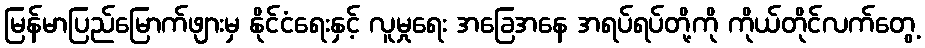
မြန်မာပြည်မြောက်ဖျားမှ နိုင်ငံရေးနှင့် လူမှုရေး အခြေအနေ အရပ်ရပ်တို့ကို ကိုယ်တိုင်လက်တွေ့